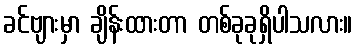
ခင်ဗျားမှာ ချိန်းထားတာ တစ်ခုခုရှိပါသလား။